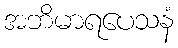
အဘိမာရပေသနံ